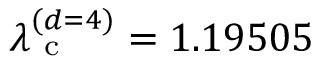
\lambda _ { \mathrm { ~ c ~ } } ^ { ( d = 4 ) } = 1 . 1 9 5 0 5